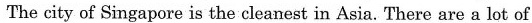
The city of Singapore is the cleanest in Asia. There are a lot of